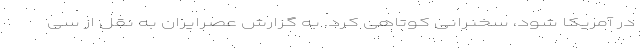
در آمریکا شود، سخنرانی کوتاهی کرد. به گزارش عصرایران به نقل از سی